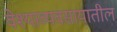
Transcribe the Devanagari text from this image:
वेश्याव्यवसायातील